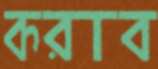
করাব